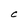
Character: C